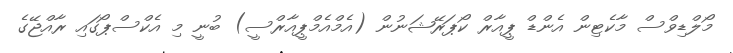
މޯލްޑިވްސް މާކެޓިން އެންޑް ޕީއާރް ކޯޕަރޭޝަނުން (އެމްއެމްޕީއާރްސީ) ބުނީ މި އެކްސްޕޯގައި ރާއްޖޭގެ